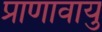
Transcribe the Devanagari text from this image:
प्राणावायु